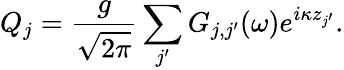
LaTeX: Q_{j}=\frac{g}{\sqrt{2\pi}}\sum_{j^{\prime}}{G_{j,j^{\prime}}(\omega)e^{i\kappa z_{j^{\prime}}}}.